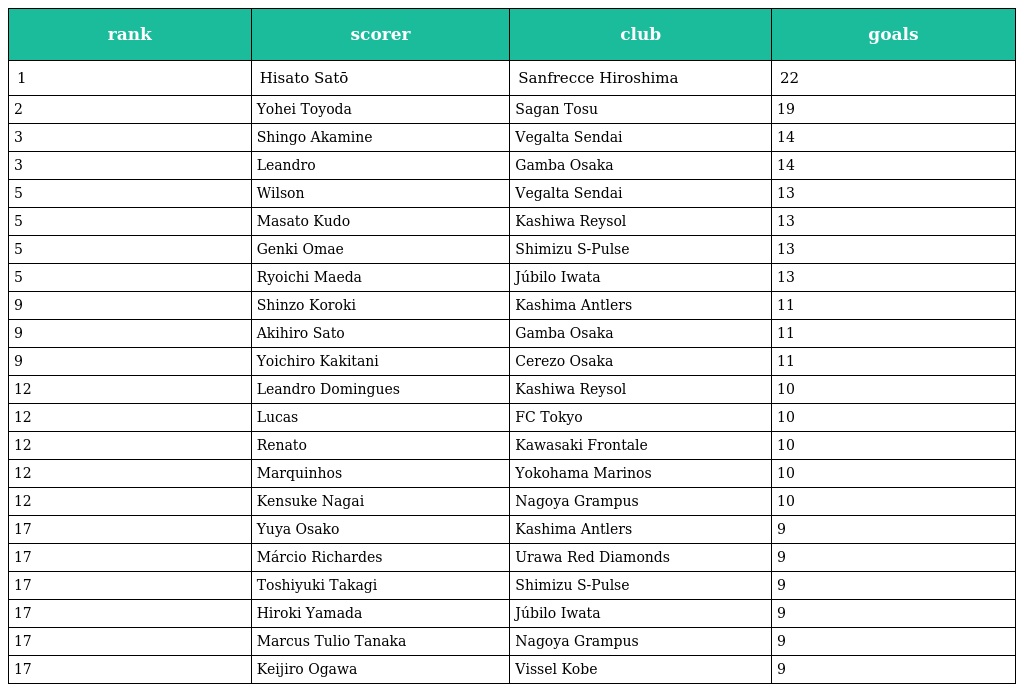
| rank | scorer | club | goals |
 | --- | --- | --- | --- |
 | 1 | Hisato Satō | Sanfrecce Hiroshima | 22 |
 | 2 | Yohei Toyoda | Sagan Tosu | 19 |
 | 3 | Shingo Akamine | Vegalta Sendai | 14 |
 | 3 | Leandro | Gamba Osaka | 14 |
 | 5 | Wilson | Vegalta Sendai | 13 |
 | 5 | Masato Kudo | Kashiwa Reysol | 13 |
 | 5 | Genki Omae | Shimizu S-Pulse | 13 |
 | 5 | Ryoichi Maeda | Júbilo Iwata | 13 |
 | 9 | Shinzo Koroki | Kashima Antlers | 11 |
 | 9 | Akihiro Sato | Gamba Osaka | 11 |
 | 9 | Yoichiro Kakitani | Cerezo Osaka | 11 |
 | 12 | Leandro Domingues | Kashiwa Reysol | 10 |
 | 12 | Lucas | FC Tokyo | 10 |
 | 12 | Renato | Kawasaki Frontale | 10 |
 | 12 | Marquinhos | Yokohama Marinos | 10 |
 | 12 | Kensuke Nagai | Nagoya Grampus | 10 |
 | 17 | Yuya Osako | Kashima Antlers | 9 |
 | 17 | Márcio Richardes | Urawa Red Diamonds | 9 |
 | 17 | Toshiyuki Takagi | Shimizu S-Pulse | 9 |
 | 17 | Hiroki Yamada | Júbilo Iwata | 9 |
 | 17 | Marcus Tulio Tanaka | Nagoya Grampus | 9 |
 | 17 | Keijiro Ogawa | Vissel Kobe | 9 |